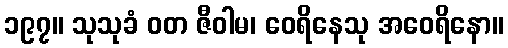
၁၉၇။ သုသုခံ ဝတ ဇီဝါမ၊ ဝေရိနေသု အဝေရိနော။